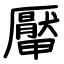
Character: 厴